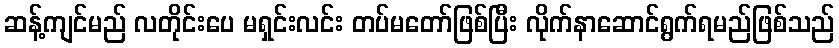
ဆန့်ကျင်မည် လတိုင်းပေ မရှင်းလင်း တပ်မတော်ဖြစ်ပြီး လိုက်နာဆောင်ရွက်ရမည်ဖြစ်သည်